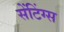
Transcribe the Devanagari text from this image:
सेंटिंग्स